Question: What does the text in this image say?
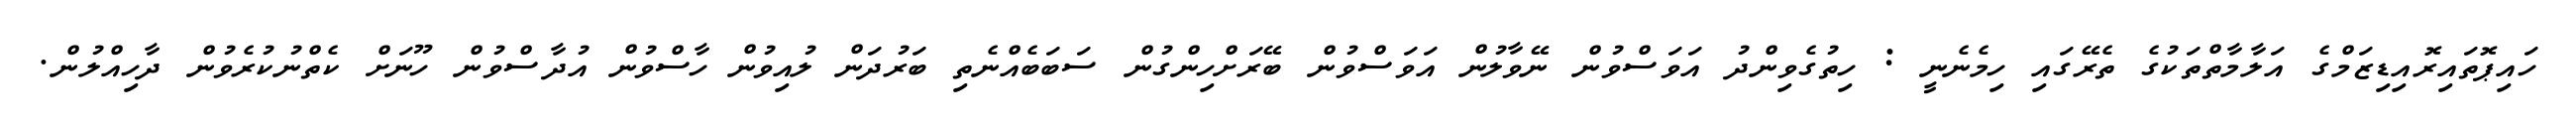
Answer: ހައިޕޮތައިރޮއިޑިޒަމްގެ އަލާމާތްތަކުގެ ތެރޭގައި ހިމެނެނީ : ހިތުގެވިންދު އަވަސްވުން ނޭވާލުން އަވަސްވުން ބޭރަށްހިންގުން ސަބަބެއްނެތި ބަރުދަން ލުއިވުން ހާސްވުން އުދާސްވުން ހޫނަށް ކެތްނުކުރެވުން ދާހިއްލުން.